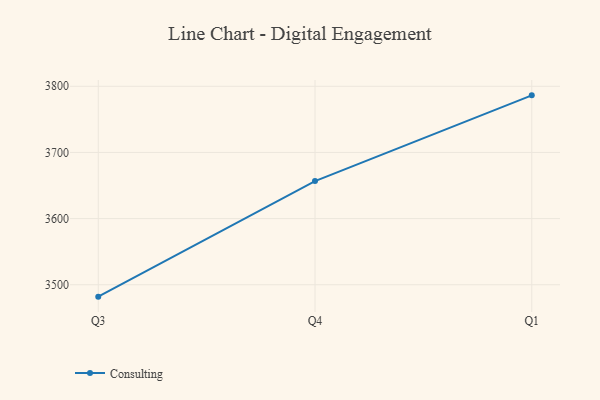
{"axis": {"x": "Quarter", "y": "Inventory Turnover"}, "legend": ["Consulting"], "data": [{"x": "Q3", "y": 3482.0, "type": "Consulting"}, {"x": "Q4", "y": 3656.7, "type": "Consulting"}, {"x": "Q1", "y": 3786.3, "type": "Consulting"}]}